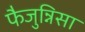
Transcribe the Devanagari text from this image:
फैजुन्निसा